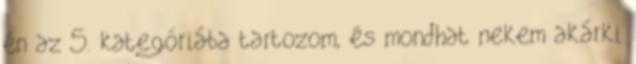
én az 5. kategóriába tartozom, és mondhat nekem akárki